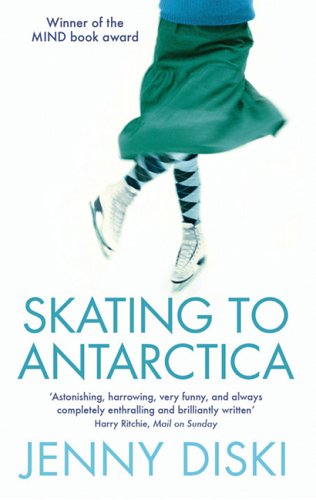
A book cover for Skating to Antarctica; Jenny Diski; Travel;